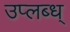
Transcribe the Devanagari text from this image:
उप्लब्ध्